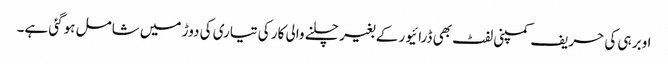
اوبر ہی کی حریف کمپنی لفٹ بھی ڈرائیور کے بغیر چلنے والی کار کی تیاری کی دوڑ میں شامل ہوگئی ہے۔